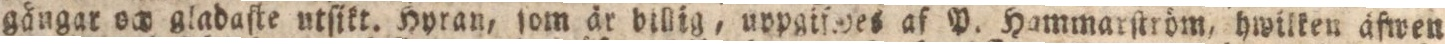
gångar och gladaſte utſikt. Hyran, ſom är billig, uppgifches af P. Hammarſtröm, hwilken äfwen